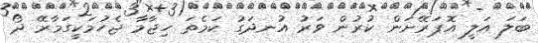
ބަލަ އަލީ އޮޕަރޭށަން ކުރުން ވަރު އުނދަގު ކަމެތަ ހިޖާމާ ޖެހުމަކީގަމާރޭ ދޯ